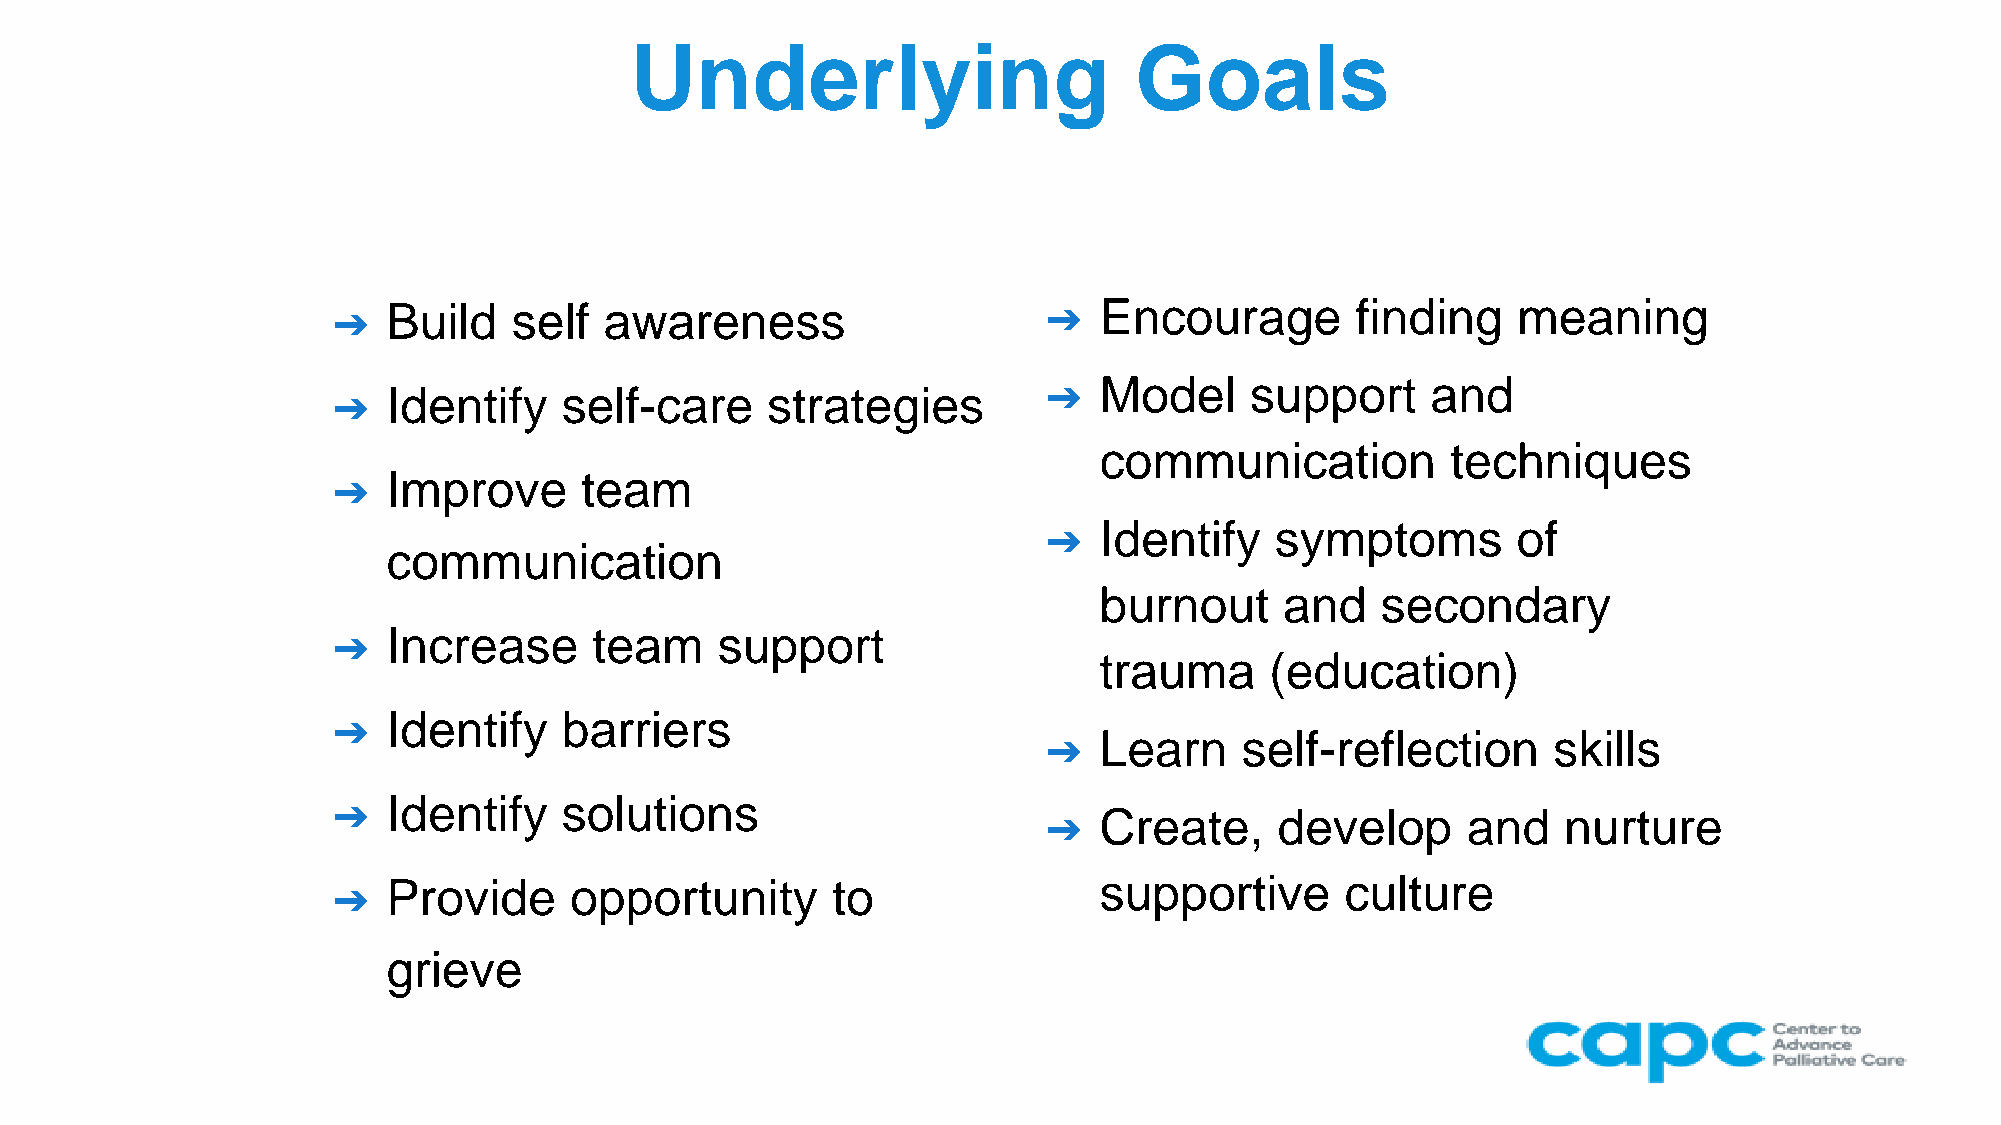
Underlying                       Goals
 ➔   Build   self  awareness                    ➔   Encourage        finding   meaning
 Model     support     and
 Identify   self-care     strategies        ➔
 ➔
 communication          techniques
 Improve     team
 ➔
 Identify   symptoms        of
 ➔
 communication
 burnout     and   secondary
 Increase     team    support
 ➔
 trauma     (education)
 Identify   barriers
 ➔
 Learn    self-reflection      skills
 ➔
 Identify   solutions
 ➔                                                  Create,     develop     and    nurture
 ➔
 Provide     opportunity      to                supportive      culture
 ➔
 grieve